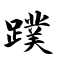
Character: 蹼